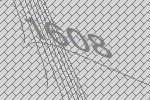
1608